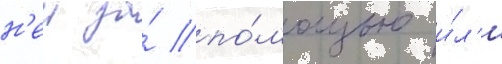
н'еи за́ по́мощью и́л'и